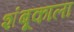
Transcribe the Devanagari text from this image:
शंबूकाला